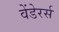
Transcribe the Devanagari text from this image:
वेंडेरर्स